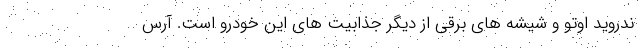
ندروید اوتو و شیشه های برقی از دیگر جذابیت های این خودرو است. آرس